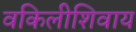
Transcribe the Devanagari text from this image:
वकिलीशिवाय